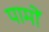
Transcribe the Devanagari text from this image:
पामों